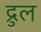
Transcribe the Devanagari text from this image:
द्रुल